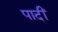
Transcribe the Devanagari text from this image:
पादीं